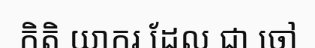
កិតិ យាករ ដែល ជា ចៅ